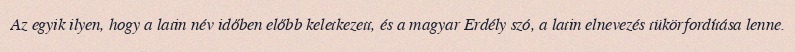
Az egyik ilyen, hogy a latin név időben előbb keletkezett, és a magyar Erdély szó, a latin elnevezés tükörfordítása lenne.